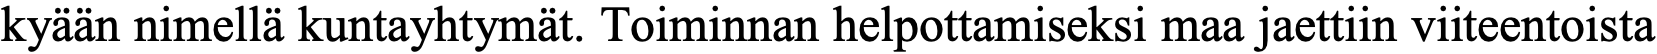
kyään nimellä kuntayhtymät. Toiminnan helpottamiseksi maa jaettiin viiteentoista